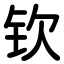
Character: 钦